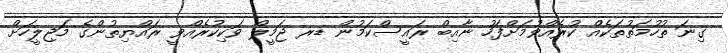
ގިނަ ތުހުމަތުތަކެއް ކުރެއްވުމަށްފަހު ނާއިބް ރައީސްކަމުން ޑރ ޖަމީލް ވަކިކުރެއްވީ ރައްޔިތުންގެ މަޖިލީހަށް